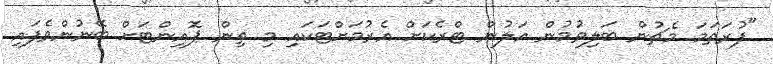
"ފުރަތަމަ މެޗުން ބަލިވުމުން އަލުން ޓްރެކަށް އެރުމަށްޓަކައި މި ތިން ޕޮއިންޓަށް ބޭނުންވެފައި